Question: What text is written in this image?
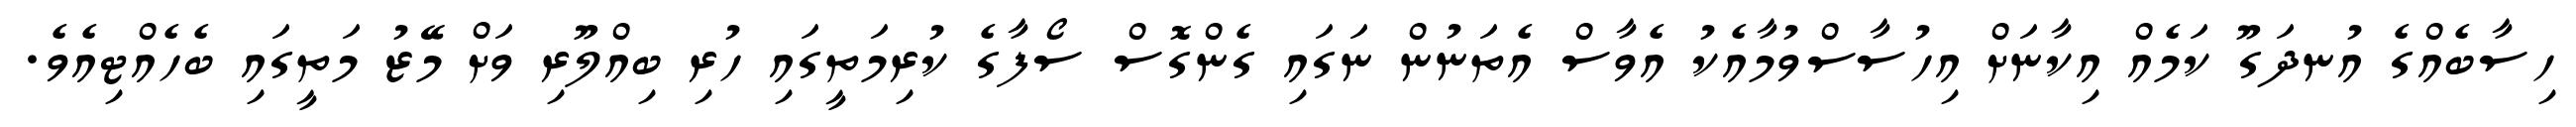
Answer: ހިސާބެއްގެ އުނދަގޫ ކަމެއް އިކާނަށް އިހުސާސްވުމާއެކު އެވާސް އެތަނުން ނަގައި ގެންގޮސް ސޯފާގެ ކުރިމަތީގައި ހުރި ބިއްލޫރި ވަށް މޭޒު މަތީގައި ބެހެއްޓިއެވެ.